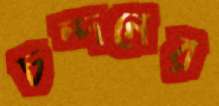
চন্দনের